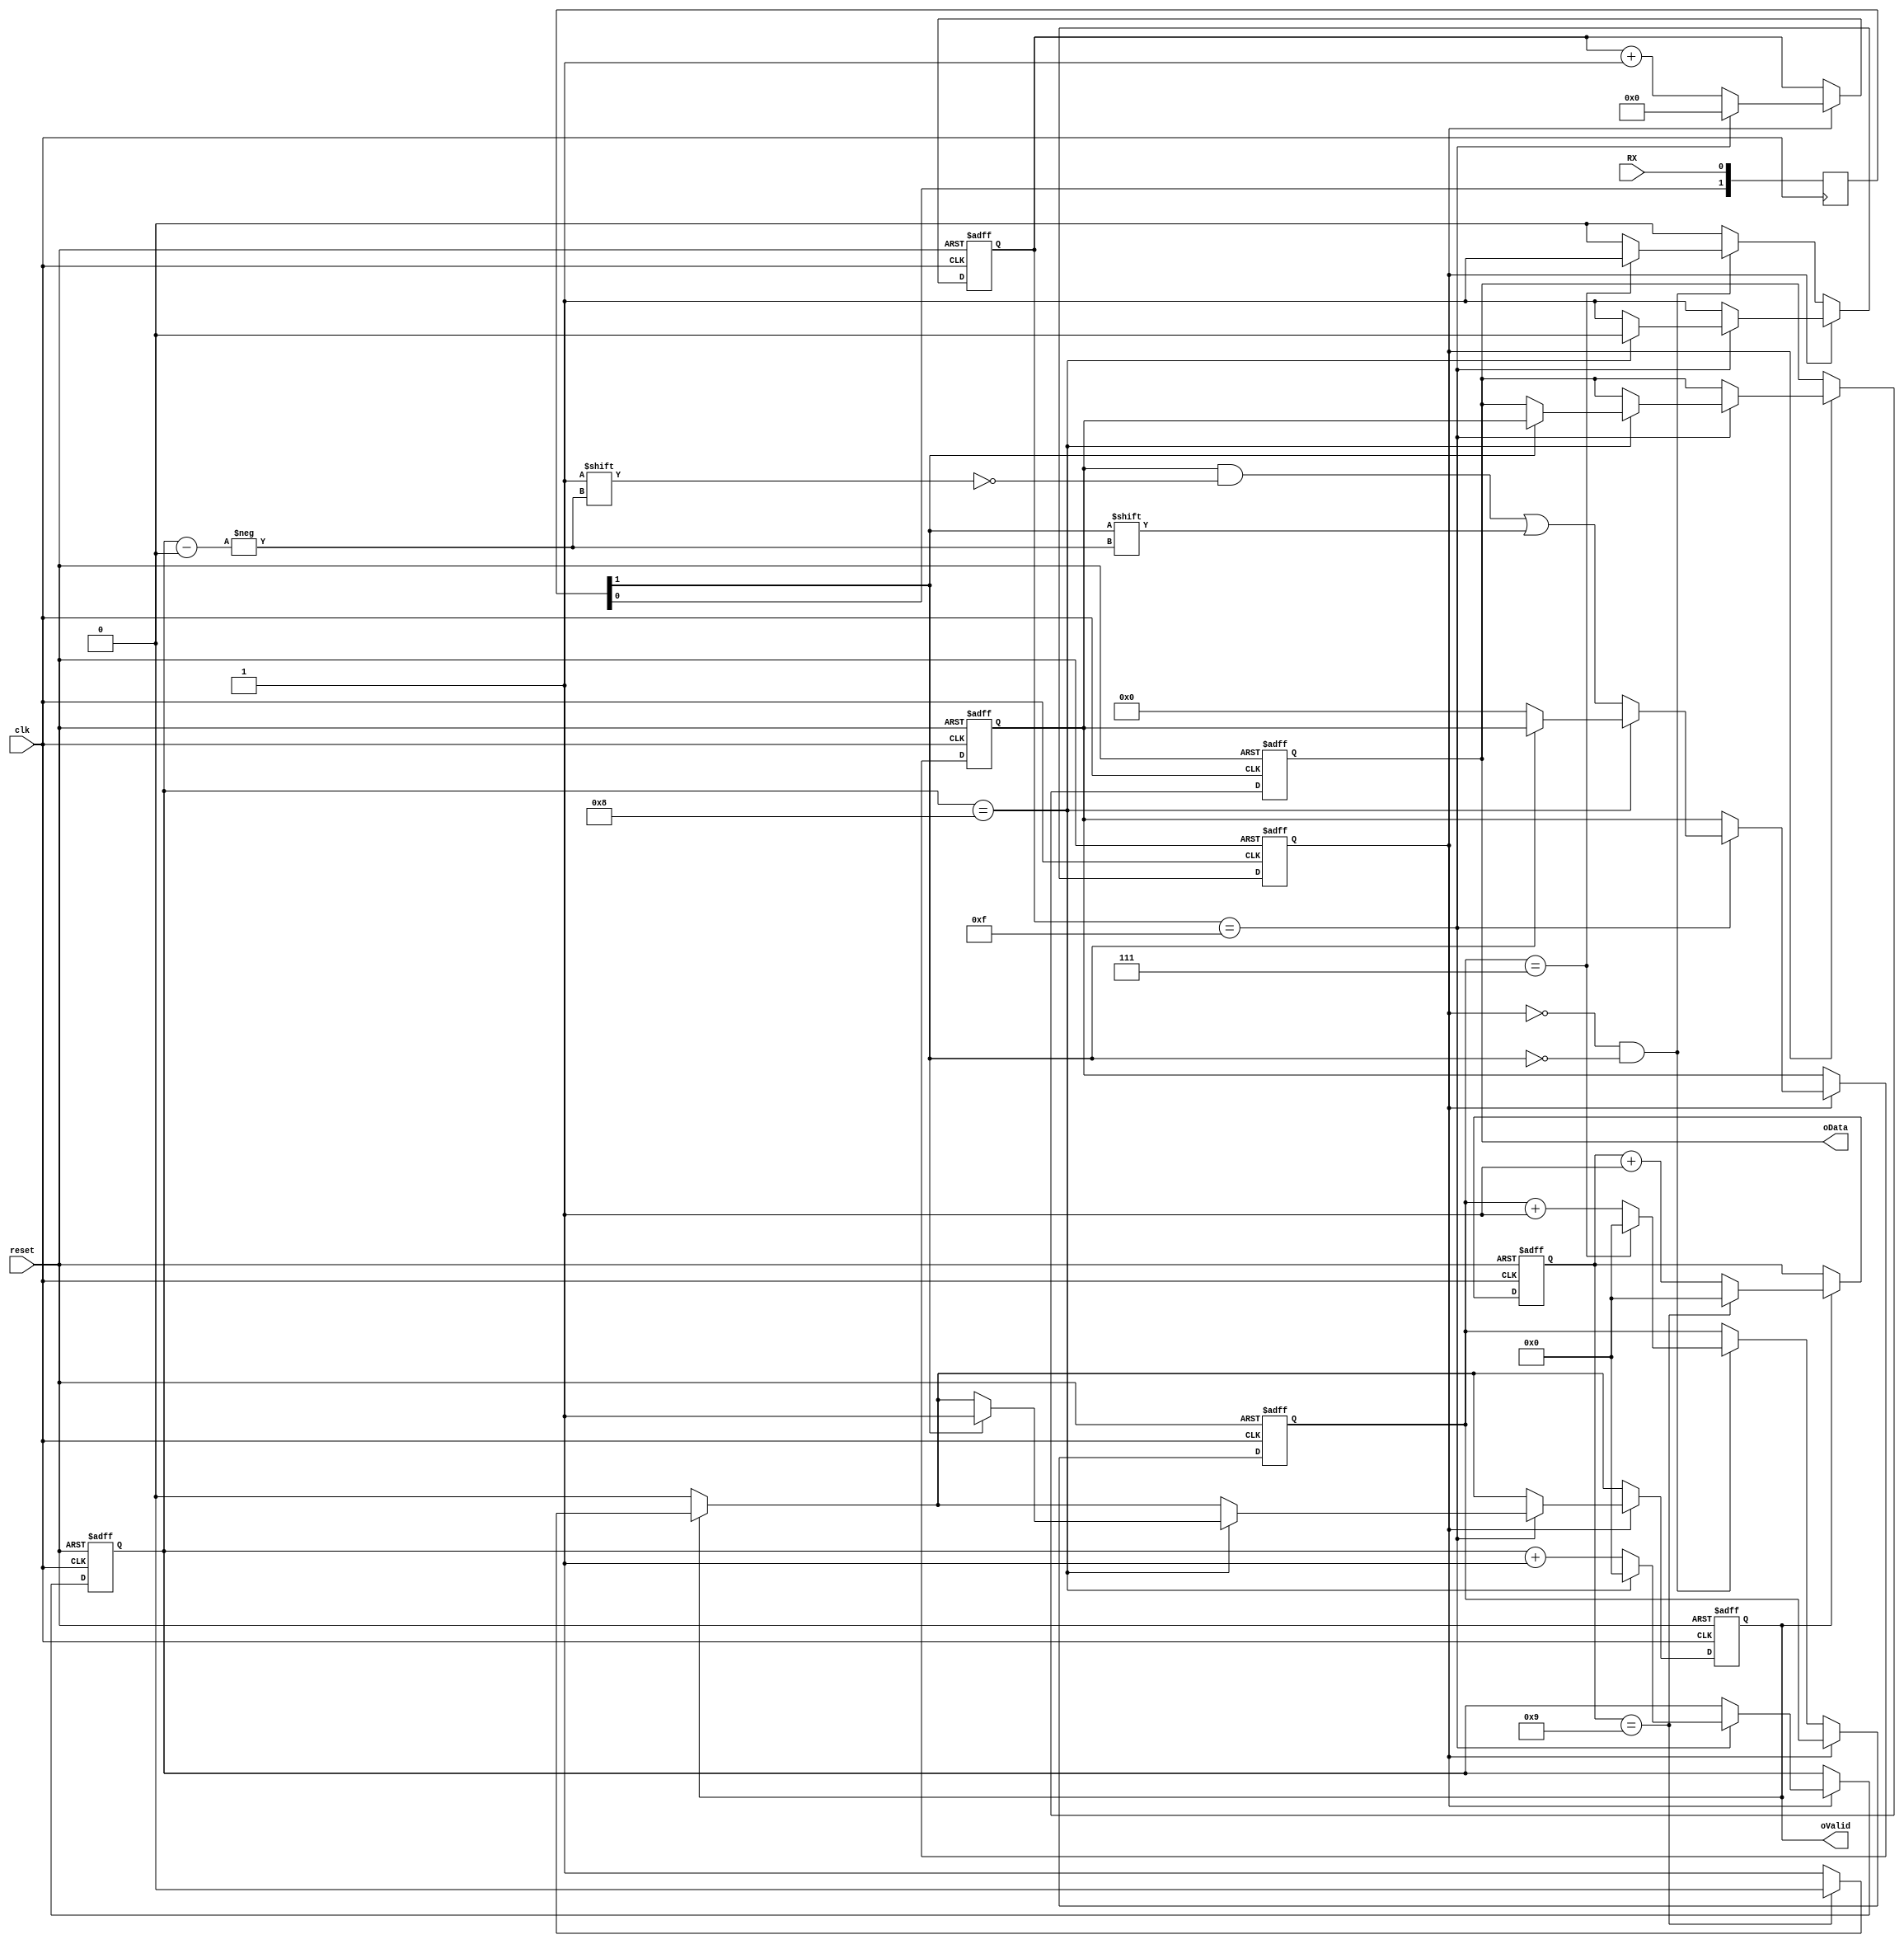
/*
	5Mbps UART receiver (8bit UART, no parity, LSB, start 0, stop 1)
	80MHz clk
	double dff included
	Ivan I. Ovchinnikov
	2016.02.25
*/

module UARTRX
	(
		input clk, reset,
		input RX,
		output reg [7:0]oData,
		output oValid
	);

	reg rx_act;
	reg Valid;
	reg [3:0]place;
	reg [7:0]data;
	reg [3:0]strtcnt;
	reg [4:0]stepcnt;
	reg [3:0]delay;

	assign oValid = Valid;
	
	reg [1:0] sync;
	wire iRX;
	assign iRX = sync[1];

	always @ (posedge clk)
	sync <= { sync[0], RX };
	
	
	always@(posedge clk or negedge reset)
	begin
	if (~reset) begin
		place <= 0;
		data <= 0;
		strtcnt <= 0;
		stepcnt <= 0;
		delay <= 0;
		rx_act <= 0;
		oData <= 0;
		Valid <= 0;
	end else begin
		if (Valid) begin
			if (delay == 4'd9) begin delay <= 0; Valid <= 0; end else begin delay <= delay + 1'b1; end
		end
		

		
		if (rx_act) begin
			if (stepcnt == 15) begin
				if (place == 8) begin
					if (iRX) begin
						Valid <= 1;
						oData <= data;
					end else begin
						data <= 8'b0;
					end
					place <= 0;
					rx_act <= 0;
				end else begin
					data[place] <= iRX;
					place <= place + 1'b1;
				end
					stepcnt <= 0;
			end else begin
				stepcnt <= stepcnt + 1'b1;
			end
		end else begin
			if ((~rx_act)&&(~iRX)) begin
				if (strtcnt == 7) begin
					rx_act <= 1'b1;
					strtcnt <= 0;
				end else begin
					strtcnt <= strtcnt + 1'b1;
				end
			end
		end
		
	end
	end

endmodule